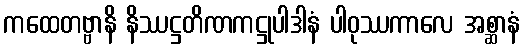
ကထေတဗ္ဗာနိ နိဿဋ္ဌတိဏကဋ္ဌုပါဒါနံ ပါဝုဿကာလေ အစ္ဆာနံ